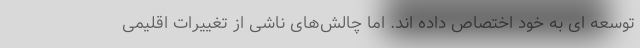
توسعه ای به خود اختصاص داده اند. اما چالش‌های ناشی از تغییرات اقلیمی